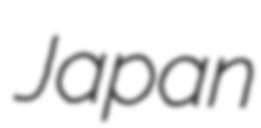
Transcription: Japan